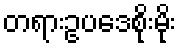
တရားဥပဒေစိုးမိုး